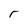
Character: r